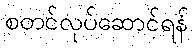
စတင်လုပ်ဆောင်ရန်